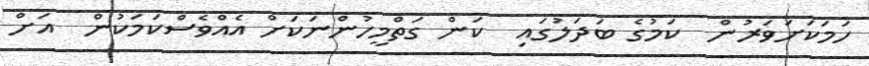
ހަމަކަށަވަރުން  ކަމުގެ ބަދަލުގައި  ކަން ގަތްމީހުންނަކަށް އެއްވެސްކަމަކުން  އަށް